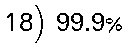
18) 99.9%